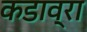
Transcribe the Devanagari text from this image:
कडाव्रा